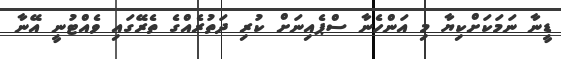
ޑީނާ ނަމަކަށްކިޔާ މި އަންހެނާ ސްޕެއިނަށް ކުރި ދަތުރެއްގެ ތެރޭގައި ވެއްޓުނީ އޭނާ